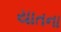
યાતના